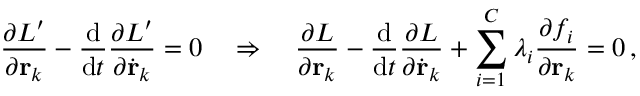
{ \frac { \partial L ^ { \prime } } { \partial \mathbf { r } _ { k } } } - { \frac { \mathrm { d } } { \mathrm { d } t } } { \frac { \partial L ^ { \prime } } { \partial { \dot { \mathbf { r } } } _ { k } } } = 0 \quad \Rightarrow \quad { \frac { \partial L } { \partial \mathbf { r } _ { k } } } - { \frac { \mathrm { d } } { \mathrm { d } t } } { \frac { \partial L } { \partial { \dot { \mathbf { r } } } _ { k } } } + \sum _ { i = 1 } ^ { C } \lambda _ { i } { \frac { \partial f _ { i } } { \partial \mathbf { r } _ { k } } } = 0 \, ,